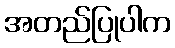
အတည်ပြုပါက